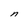
Character: n